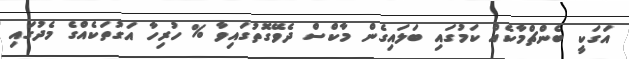
އަގަކީ ބެންޗްމާކެއް ކަމުގައި ބަލައިގެން މާކްސް ދެވޭގޮތުގައިވާ % ހުރިހާ އަގުތަކެއްގެ މެދުގައި